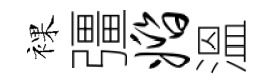
裸彊婚溫